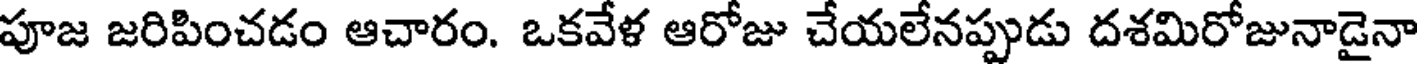
పూజ జరిపించడం ఆచారం. ఒకవేళ ఆరోజు చేయలేనప్పుడు దశమిరోజునాడైనా